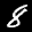
Label: 8